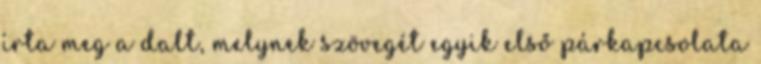
írta meg a dalt, melynek szövegét egyik első párkapcsolata